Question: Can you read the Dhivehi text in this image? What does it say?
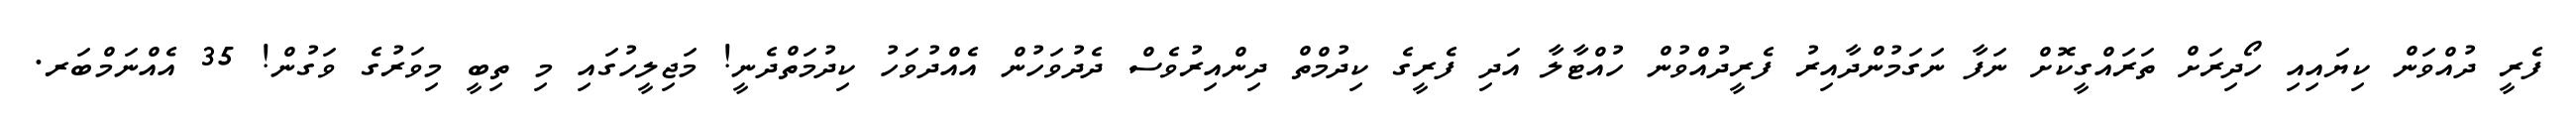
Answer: ފެރީ ދުއްވަން ކިޔައިއި ހޯދިރަށް ތަރައްގީކޮށް ނަފާ ނަގަމުންދާއިރު ފެރީދުއްވުން ހުއްޓާލާ އަދި ފެރީގެ ކިދުމްތް ދިންއިރުވެސް ދެދުވަހުން އެއްދުވަހު ކިދުމަތްދެނީ! މަޖިލީހުގައި މި ތިބީ މިވަރުގެ ވަގުން! 35 އެއްނަމްބަރ.